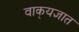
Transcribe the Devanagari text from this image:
वाक्‌यज्ञात